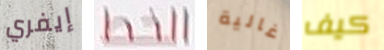
إيفري الخط غالية كيف